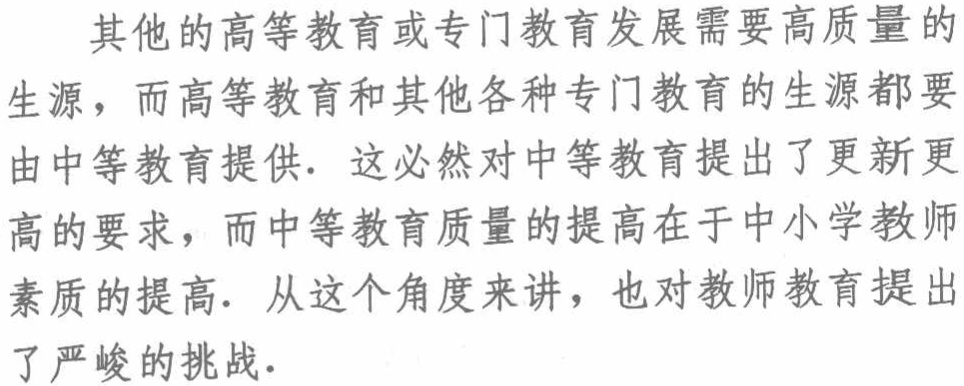
其他的高等教育或专门教育发展需要高质量的

生源，而高等教育和其他各种专门教育的生源都要

由中等教育提供. 这必然对中等教育提出了更新更

高的要求，而中等教育质量的提高在于中小学教师

素质的提高. 从这个角度来讲，也对教师教育提出

了严峻的挑战.